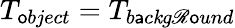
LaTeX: T_{\mathsf{o}bject}=T_{b\mathsf{a}c\mathit{k}g\mathscr{R}\mathsf{o}und}